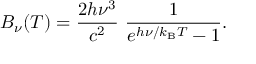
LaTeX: B _ { \nu } ( T ) = { \frac { 2 h \nu ^ { 3 } } { c ^ { 2 } } } ~ { \frac { 1 } { e ^ { h \nu / k _ { \mathrm { B } } T } - 1 } } .